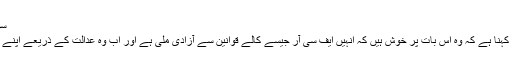
سوموار 11 مارچ 2019 10:15
قبائلی اضلاع کے عام شہریوں کا کہنا ہے کہ وہ اس بات پر خوش ہیں کہ انہیں ایف سی آر جیسے کالے قوانین سے آزادی ملی ہے اور اب وہ عدالت کے ذریعے اپنے حق کے لیے آواز اُٹھا سکتے ہیں۔